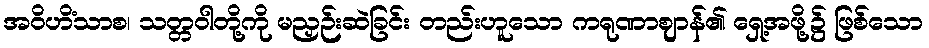
အဝိဟိံသာစ၊ သတ္တဝါတို့ကို မညှဉ်းဆဲခြင်း တည်းဟူသော ကရုဏာဈာန်၏ ရှေ့အဖို့၌ ဖြစ်သော